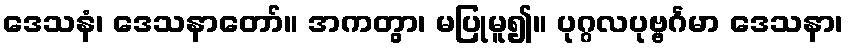
ဒေသနံ၊ ဒေသနာတော်။ အကတွာ၊ မပြုမူ၍။ ပုဂ္ဂလပုဗ္ဗင်္ဂမာ ဒေသနာ၊